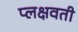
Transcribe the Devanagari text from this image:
प्लक्षवती